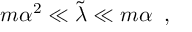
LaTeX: m \alpha ^ { 2 } \ll \tilde { \lambda } \ll m \alpha \; \; ,